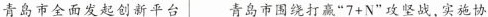
青岛市全面发起创新平台 青岛市围绕打赢”7+N”攻坚战，实施协